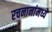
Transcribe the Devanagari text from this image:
रचनानांमध्ये